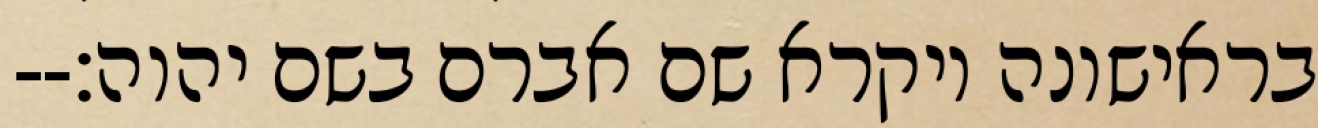
בראישונה ויקרא שם אברם בשם יהוה׃--